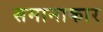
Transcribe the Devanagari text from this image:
समानाकार